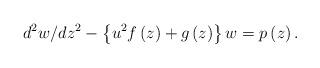
LaTeX: \begin{align*}d^{2}w/dz^{2}-\left\{ {u^{2}f\left( z\right) +g\left( z\right) }\right\}w=p\left( z\right) . \end{align*}